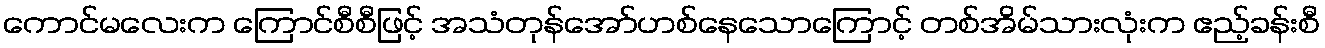
ကောင်မလေးက ကြောင်စီစီဖြင့် အသံတုန်အော်ဟစ်နေသောကြောင့် တစ်အိမ်သားလုံးက ဧည့်ခန်းစီ